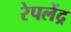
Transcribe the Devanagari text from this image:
रेपलेंद्र